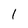
Character: 1